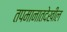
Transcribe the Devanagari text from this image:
तपमानातदेखील